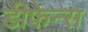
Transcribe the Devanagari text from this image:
डीफेन्स